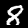
Label: 8